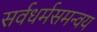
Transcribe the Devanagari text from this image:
सर्वधर्मसमन्वय